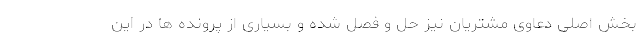
بخش اصلی دعاوی مشتریان نیز حل و فصل شده و بسیاری از پرونده ها در این